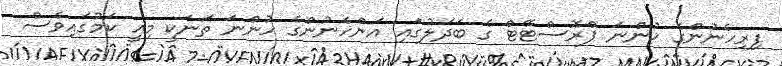
ފިރިހެނުންގެ ހުންނަ ޕްރޮސްޓޭޓް ގެ ބަދަލުގައި އަންހެނުންގެ ހުންނަ ތަނަކީ މިއީ ކަމުގައިވެސް